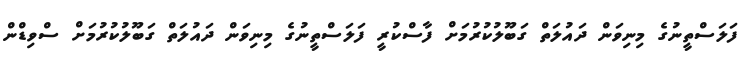
ފަލަސްތީނުގެ މިނިވަން ދައުލަތް ގަބޫލުކުރުމަށް ފާސްކުރީ ފަލަސްތީނުގެ މިނިވަން ދައުލަތް ގަބޫލުކުރުމަށް ސްވިޑްން